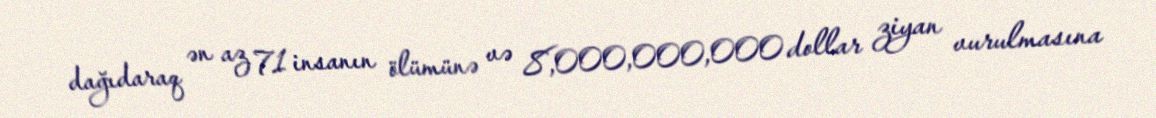
dağıdaraq ən az 71 insanın ölümünə və 8,000,000,000 dollar ziyan vurulmasına